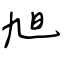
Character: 旭